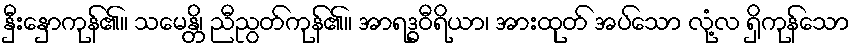
နှီးနှောကုန်၏။ သမေန္တိ၊ ညီညွတ်ကုန်၏။ အာရဒ္ဓဝီရိယာ၊ အားထုတ် အပ်သော လုံ့လ ရှိကုန်သော